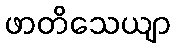
ဖာတိသေယျာ